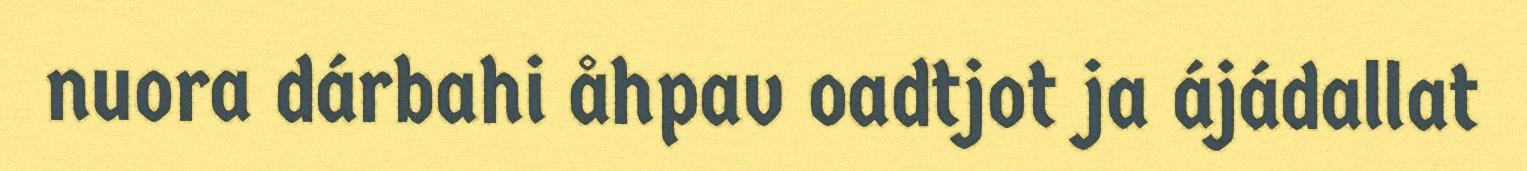
nuora dárbahi åhpav oadtjot ja ájádallat